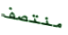
منتصف